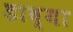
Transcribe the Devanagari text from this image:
डाव्‍या